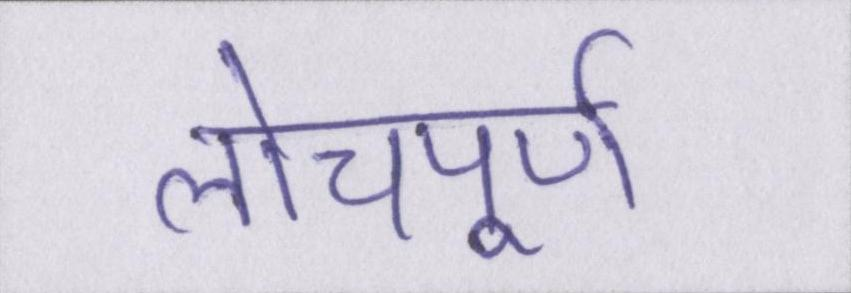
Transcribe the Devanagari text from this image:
लोचपूर्ण